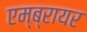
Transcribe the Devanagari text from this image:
एम्ब्रायर